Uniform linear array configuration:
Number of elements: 8
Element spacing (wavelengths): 0.5
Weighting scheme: hamming
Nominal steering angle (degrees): -30
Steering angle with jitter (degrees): -30.2
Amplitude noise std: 0.05
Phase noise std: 0.05

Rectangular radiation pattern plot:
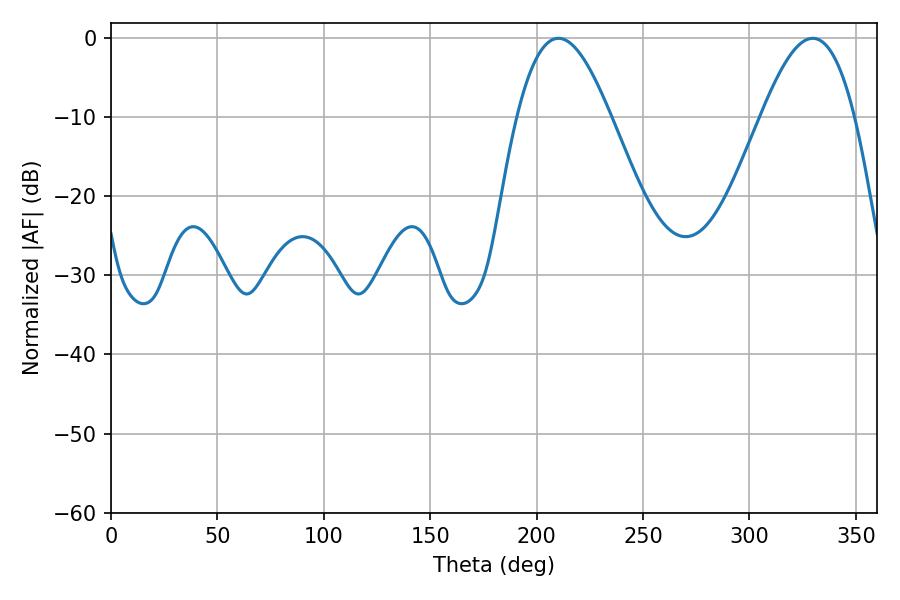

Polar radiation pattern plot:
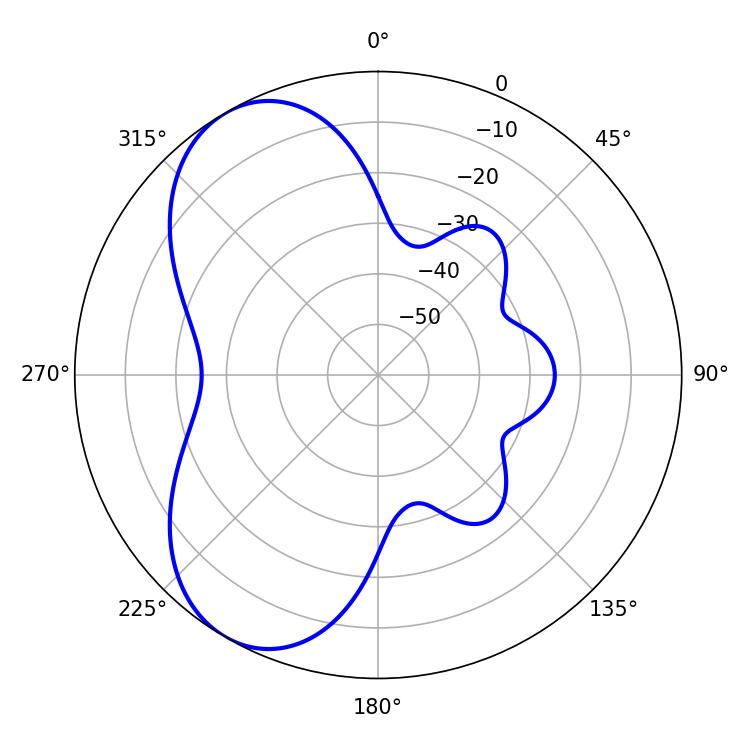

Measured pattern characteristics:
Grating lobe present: FALSE
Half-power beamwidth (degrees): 23.94
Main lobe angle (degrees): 210.24